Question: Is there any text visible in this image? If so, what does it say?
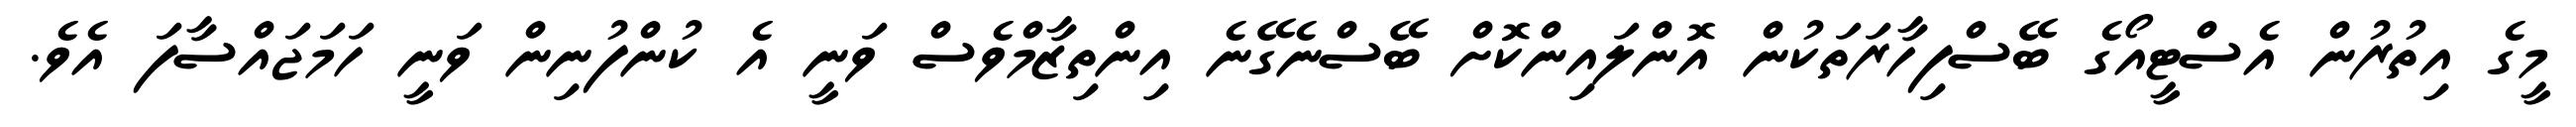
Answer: މީގެ އިތުރުން އެސްޓީއޯގެ ބޭސްފިހާރަތަކުން އޮންލައިންކޮށް ބޭސްނެގޭނެ އިންތިޒާމްވެސް ވަނީ އެ ކުންފުނިން ވަނީ ހަމަޖައްސާފަ އެވެ.